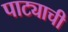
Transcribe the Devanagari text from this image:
पाट्याची